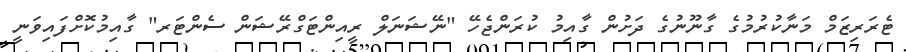
ޓެރަރިޒަމް މަނާކުރުމުގެ ގާނޫނުގެ ދަށުން ގާއިމު ކުރަންޖެހޭ "ނޭޝަނަލް ރީއިންޓަގްރޭޝަން ސެންޓަރ" ގާއިމުކޮށްފައިވަނީ